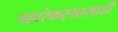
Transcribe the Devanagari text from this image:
पहारेकर्‍यासाठी